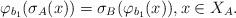
LaTeX: \begin{align*}\varphi_{b_1}(\sigma_A(x)) = \sigma_B(\varphi_{b_1}(x)), x \in X_A.\end{align*}